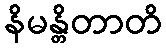
နိမန္တိတာတိ